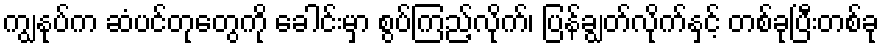
ကျွနုပ်က ဆံပင်တုတွေကို ခေါင်းမှာ စွပ်ကြည့်လိုက်၊ ပြန်ချွတ်လိုက်နှင့် တစ်ခုပြီးတစ်ခု